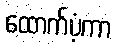
ထောက်ပံ့ကာ